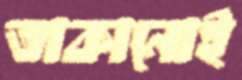
তাকানোই